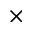
\times